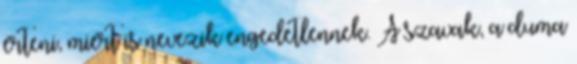
érteni, miért is nevezik engedetlennek. A szavak, a duma